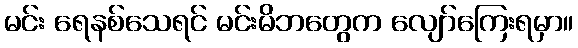
မင်း ရေနစ်သေရင် မင်းမိဘတွေက လျော်ကြေးရမှာ။